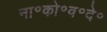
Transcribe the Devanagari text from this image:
ना॰को॰व॰दे॰